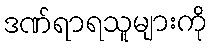
ဒဏ်ရာရသူများကို